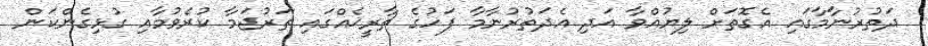
ދަތުރުނާމާގައި އެގޮތަށް ލިޔުއްވާ އަދި އެދަތުރުނާމާ ފަހުގެ ތާރީޚެއްގައި ތަރުޖަމާ ކުރެވުމާއި ގުޅިގެންކަން